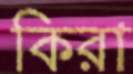
কিরা